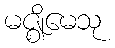
မဇ္ဈိမေသု